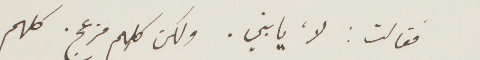
فقالت: لا يا بني. ولكن كلهم مزعجين. كلهم